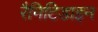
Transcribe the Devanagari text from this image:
रैनिटिडाइन